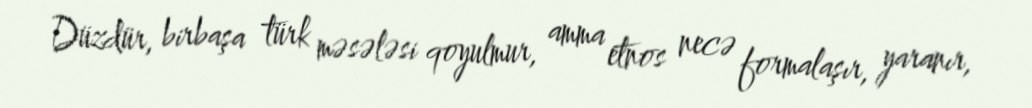
Düzdür, birbaşa türk məsələsi qoyulmur, amma etnos necə formalaşır, yaranır,